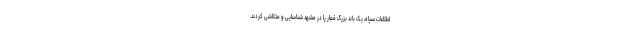
اطلاعات سپاه، یک باند بزرگ قمار را در مشهد شناسایی و متلاشی کردند.